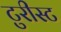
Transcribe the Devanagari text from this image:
टुरीस्ट